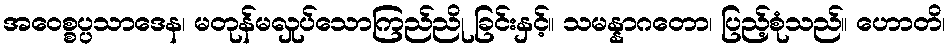
အဝေစ္စပ္ပသာဒေန၊ မတုန်မလှုပ်သောကြည်ညို ခြင်းနှင့်။ သမန္နာဂတော၊ ပြည့်စုံသည်။ ဟောတိ၊